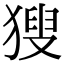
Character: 獀